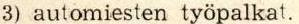
3) automiesten työpalkat.